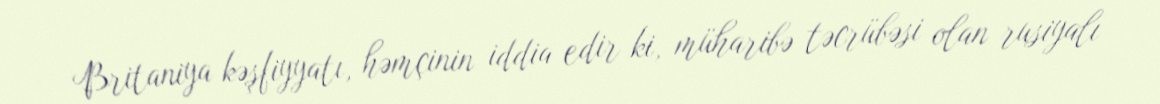
Britaniya kəşfiyyatı, həmçinin iddia edir ki, müharibə təcrübəsi olan rusiyalı